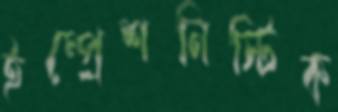
ইম্প্রেশনিস্টিক